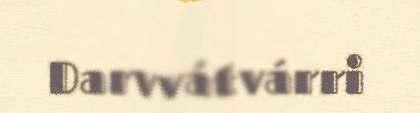
Darvvátvárri